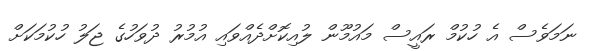
ނަމަވެސް އެ ހުކުމް ރައީސް މައުމޫން ލުއިކޮށްދެއްވައި އުމުރު ދުވަހުގެ ޖަލު ހުކުމަކަށް